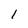
Character: 1